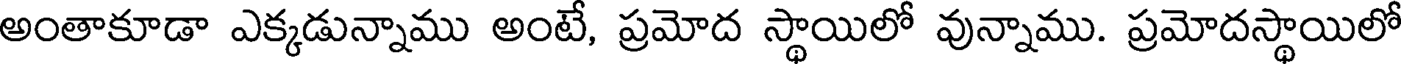
అంతాకూడా ఎక్కడున్నాము అంటే, ప్రమోద స్థాయిలో వున్నాము. ప్రమోదస్థాయిలో